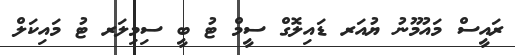
ރައީސް މައުމޫނު ޔުއަރ ޑައިލޮގް ސީމް ޓު ބީ ސިމިލަރ ޓު މައިކަލް